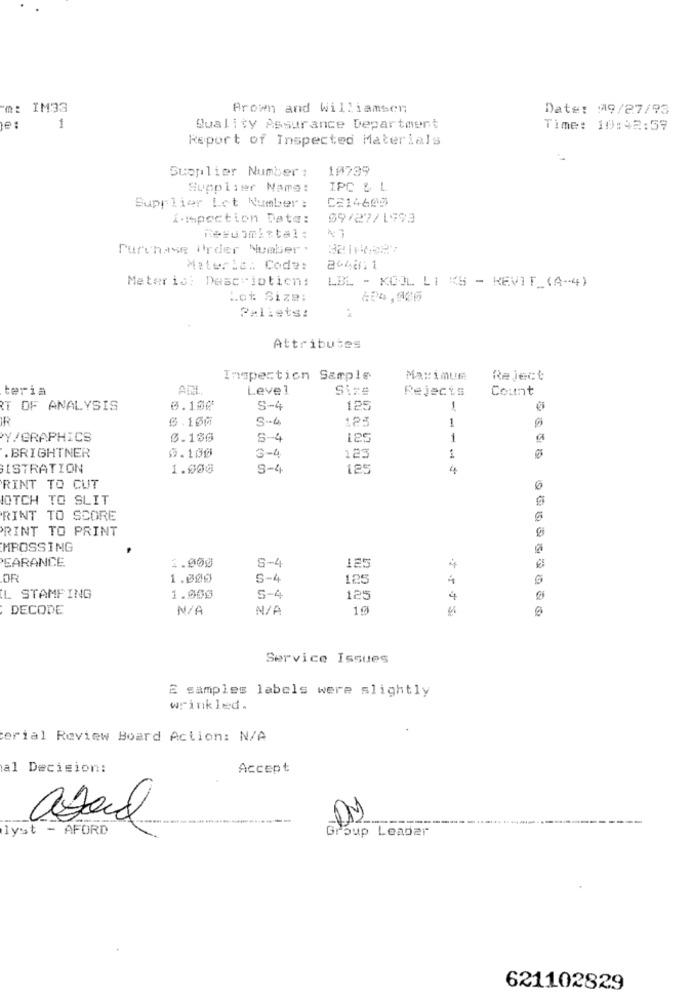
m: IM33
Brown and Williamsen
Date: 09/27/93
le:
1
Quality Assurance Department
Time: 10:42:59
Report of Inspected Materials
10739
Supplier Number :
Supplier Name:
IPC & L
CE14608
Supplier Lot Number:
inspection Date:
89/27/1993
Resubmittal :
Purchase Order Number.
Materia. Code:
204811
Meter is: Description:
LBL - KOOL LI KS - REVIT_(A-4)
.. ot Siza:
:
Pellets:
Attributes
Inspection Sample
Maximum
Reject
teria
AN
Level
Size
Rejects
Count
RT OF ANALYSIS
0.100
S-4
125
1
IR
0.100
S-4
12:
1
Y/GRAPHICS
0.180
S-4
125
1
0.100
.BRIGHTNER
3-4
123
1
ISTRATION
1.000
9-4
125
4
RINT TO CUT
JOTCH TO SLIT
RINT TO SCORE
RINT TO PRINT
MROSSING
EARANCE
125
1.000
S-4
4
.OR
1.000
S-4
125
L STAMPING
1.000
S-4
125
4
DECODE
10
0405.2003
Service Issues
E samples labels were slightly
wrinkled.
erial Review Board Action: N/A
al Decision:
Accept
lyst - AFORD
Group Leader
621102829